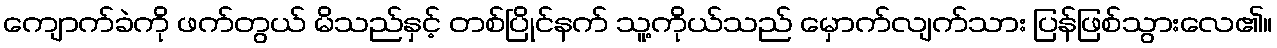
ကျောက်ခဲကို ဖက်တွယ် မိသည်နှင့် တစ်ပြိုင်နက် သူ့ကိုယ်သည် မှောက်လျက်သား ပြန်ဖြစ်သွားလေ၏။